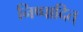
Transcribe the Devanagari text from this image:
निष्पादित्